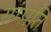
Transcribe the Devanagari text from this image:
संम्पति